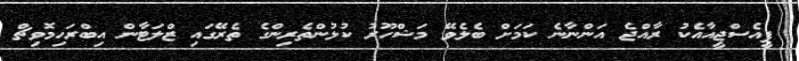
ޕީއެސްޖީއާއެކު ރާއްޖެ އަންނާނެ ކަމަށް ބެލެވޭ މަޝްހޫރު ކުޅުންތެރިންގެ ތެރޭގައި ޒްލަޓާން އިބްރަހިމޮވިޗް